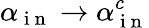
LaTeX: \alpha_{\mathrm{~i~n~}}\to\alpha_{\mathrm{~i~n~}}^{c}